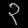
Digit: ၃